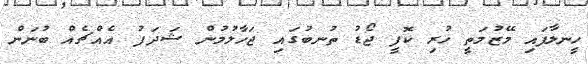
ހީނލާފައި މޭޒުމަތީ ހުރި ކޮފީ ޖޯޑު ތުނބުގައި ޖަހާލުމުން ޝަދަފު އެއްޗެއް ބުނަން